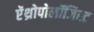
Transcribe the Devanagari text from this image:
ऐंथ्रोपोलॉजिस्ट